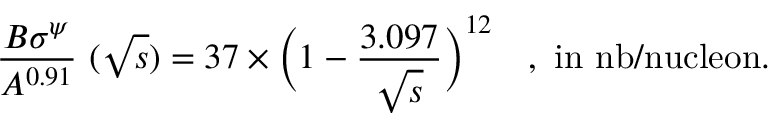
{ \frac { B \sigma ^ { \psi } } { A ^ { 0 . 9 1 } } } ~ ( \sqrt { s } ) = 3 7 \times { \bigg ( 1 - { \frac { 3 . 0 9 7 } { \sqrt { s } } } \bigg ) } ^ { 1 2 } \quad \mathrm { , ~ i n ~ n b / n u c l e o n . }